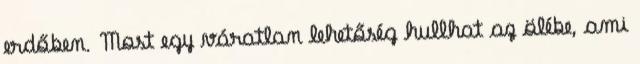
erdőben. Most egy váratlan lehetőség hullhat az ölébe, ami